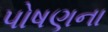
પોષણના